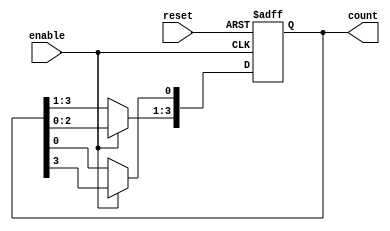
module async_ring_counter #(parameter N = 4)(
    input wire reset,      // Asynchronous reset signal
    input wire enable,     // Enable signal to allow counting
    output reg [N-1:0] count // Counter output
);

// Internal signal to hold the next state
reg [N-1:0] next_count;

always @(posedge enable or posedge reset) begin
    if (reset) begin
        count <= {N{1'b0}};  // Reset all bits to 0
        count[0] <= 1'b1;    // Set the least significant bit to 1
    end else begin
        count <= next_count; // Update state on enable
    end
end

// Combinational logic to determine the next state
always @(*) begin
    next_count = count; // Default the next state to current state
    if (enable) begin
        // Propagate '1' around the ring
        next_count = {count[N-2:0], count[N-1]}; // Shift left
        next_count[0] = count[N-1]; // Feedback from last to first
    end
end

endmodule